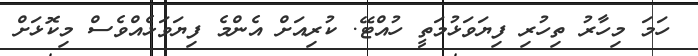
ހަމަ މިހާރު ތިހުރި ފިޔަވަޅުމަތީ ހުއްޓޭ. ކުރިއަށް އެންމެ ފިޔަވަޅެއްވެސް މިކޮޅަށް